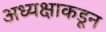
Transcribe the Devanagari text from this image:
अध्यक्षाकडून